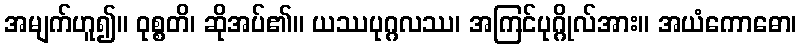
အမျက်ဟူ၍။ ဝုစ္စတိ၊ ဆိုအပ်၏။ ယဿပုဂ္ဂလဿ၊ အကြင်ပုဂ္ဂိုလ်အား။ အယံကောဓော၊